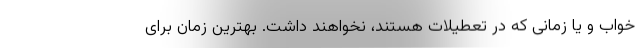
خواب و یا زمانی که در تعطیلات هستند، نخواهند داشت. بهترین زمان برای